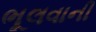
ભૂલવાની